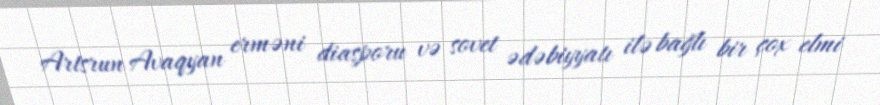
Artsrun Avaqyan erməni diasporu və sovet ədəbiyyatı ilə bağlı bir çox elmi